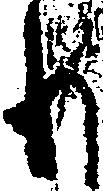
り